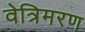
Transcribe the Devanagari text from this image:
वेत्रिमरण